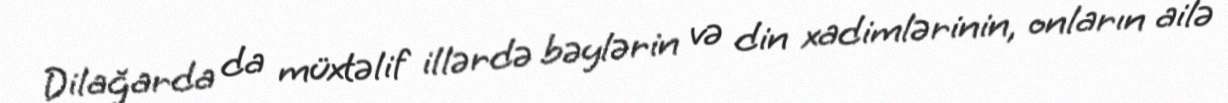
Dilağarda da müxtəlif illərdə bəylərin və din xadimlərinin, onların ailə